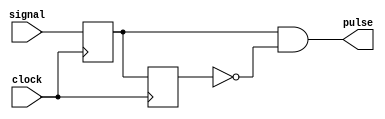
module edge_detector
	(
		input  			clock			,
		input  			signal      ,
		output  			pulse            
	);
	
	reg signal_del 	;
	reg signal_del2 	;
	
	always @(posedge clock)
	begin
		signal_del	<=	signal	;
		signal_del2	<=	signal_del	;
	end 
	
	assign pulse = signal_del & ~signal_del2	;
	
endmodule